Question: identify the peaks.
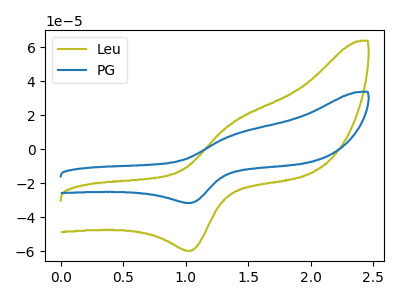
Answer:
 <answer>The olive curve "Leu" has an anodic peak at (1.40V, 15.90uA) and a cathodic peak at (1.05V, -59.80uA). The blue curve "PG" has an anodic peak at (1.40V, 8.40uA) and a cathodic peak at (1.05V, -31.65uA).</answer>
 <eval></eval>